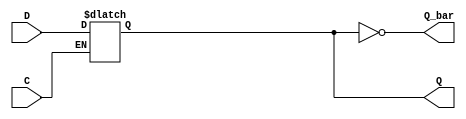
module async_register (
    input wire D,           // Data input
    input wire C,           // Control signal (active high)
    output reg Q,          // Data output
    output wire Q_bar       // Complement output
);

    assign Q_bar = ~Q;      // Inverted output

    always @(*) begin
        if (C) begin
            Q = D;          // Capture data input when control signal is active
        end
        // If C is not active, Q will retain its value (hold state)
    end 

endmodule